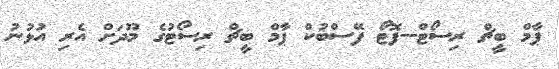
ޕާމް ބީޗް ރިސޯޓް--ފޮޓޯ ފޭސްބުކް ޕާމް ބީޗް ރިސޯޓުގެ މޫދަށް އެރި އުޅުނު